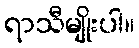
ရာသီမျိုးပါ။